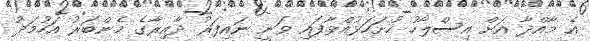
އެ މާއްދާ އަށް އިސްލާހު ހުށަހަޅުއްވާފައި ވަނީ ނައިފަރު ދާއިރާގެ މެންބަރު އަހުމަދު